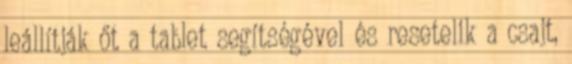
leállítják őt a tablet segítségével és resetelik a csajt,